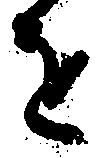
を